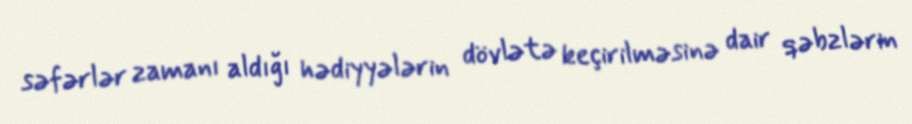
səfərlər zamanı aldığı hədiyyələrin dövlətə keçirilməsinə dair qəbzlərin